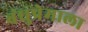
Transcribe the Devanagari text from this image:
बंधुप्रेमाला